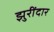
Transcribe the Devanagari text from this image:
झुरींदार